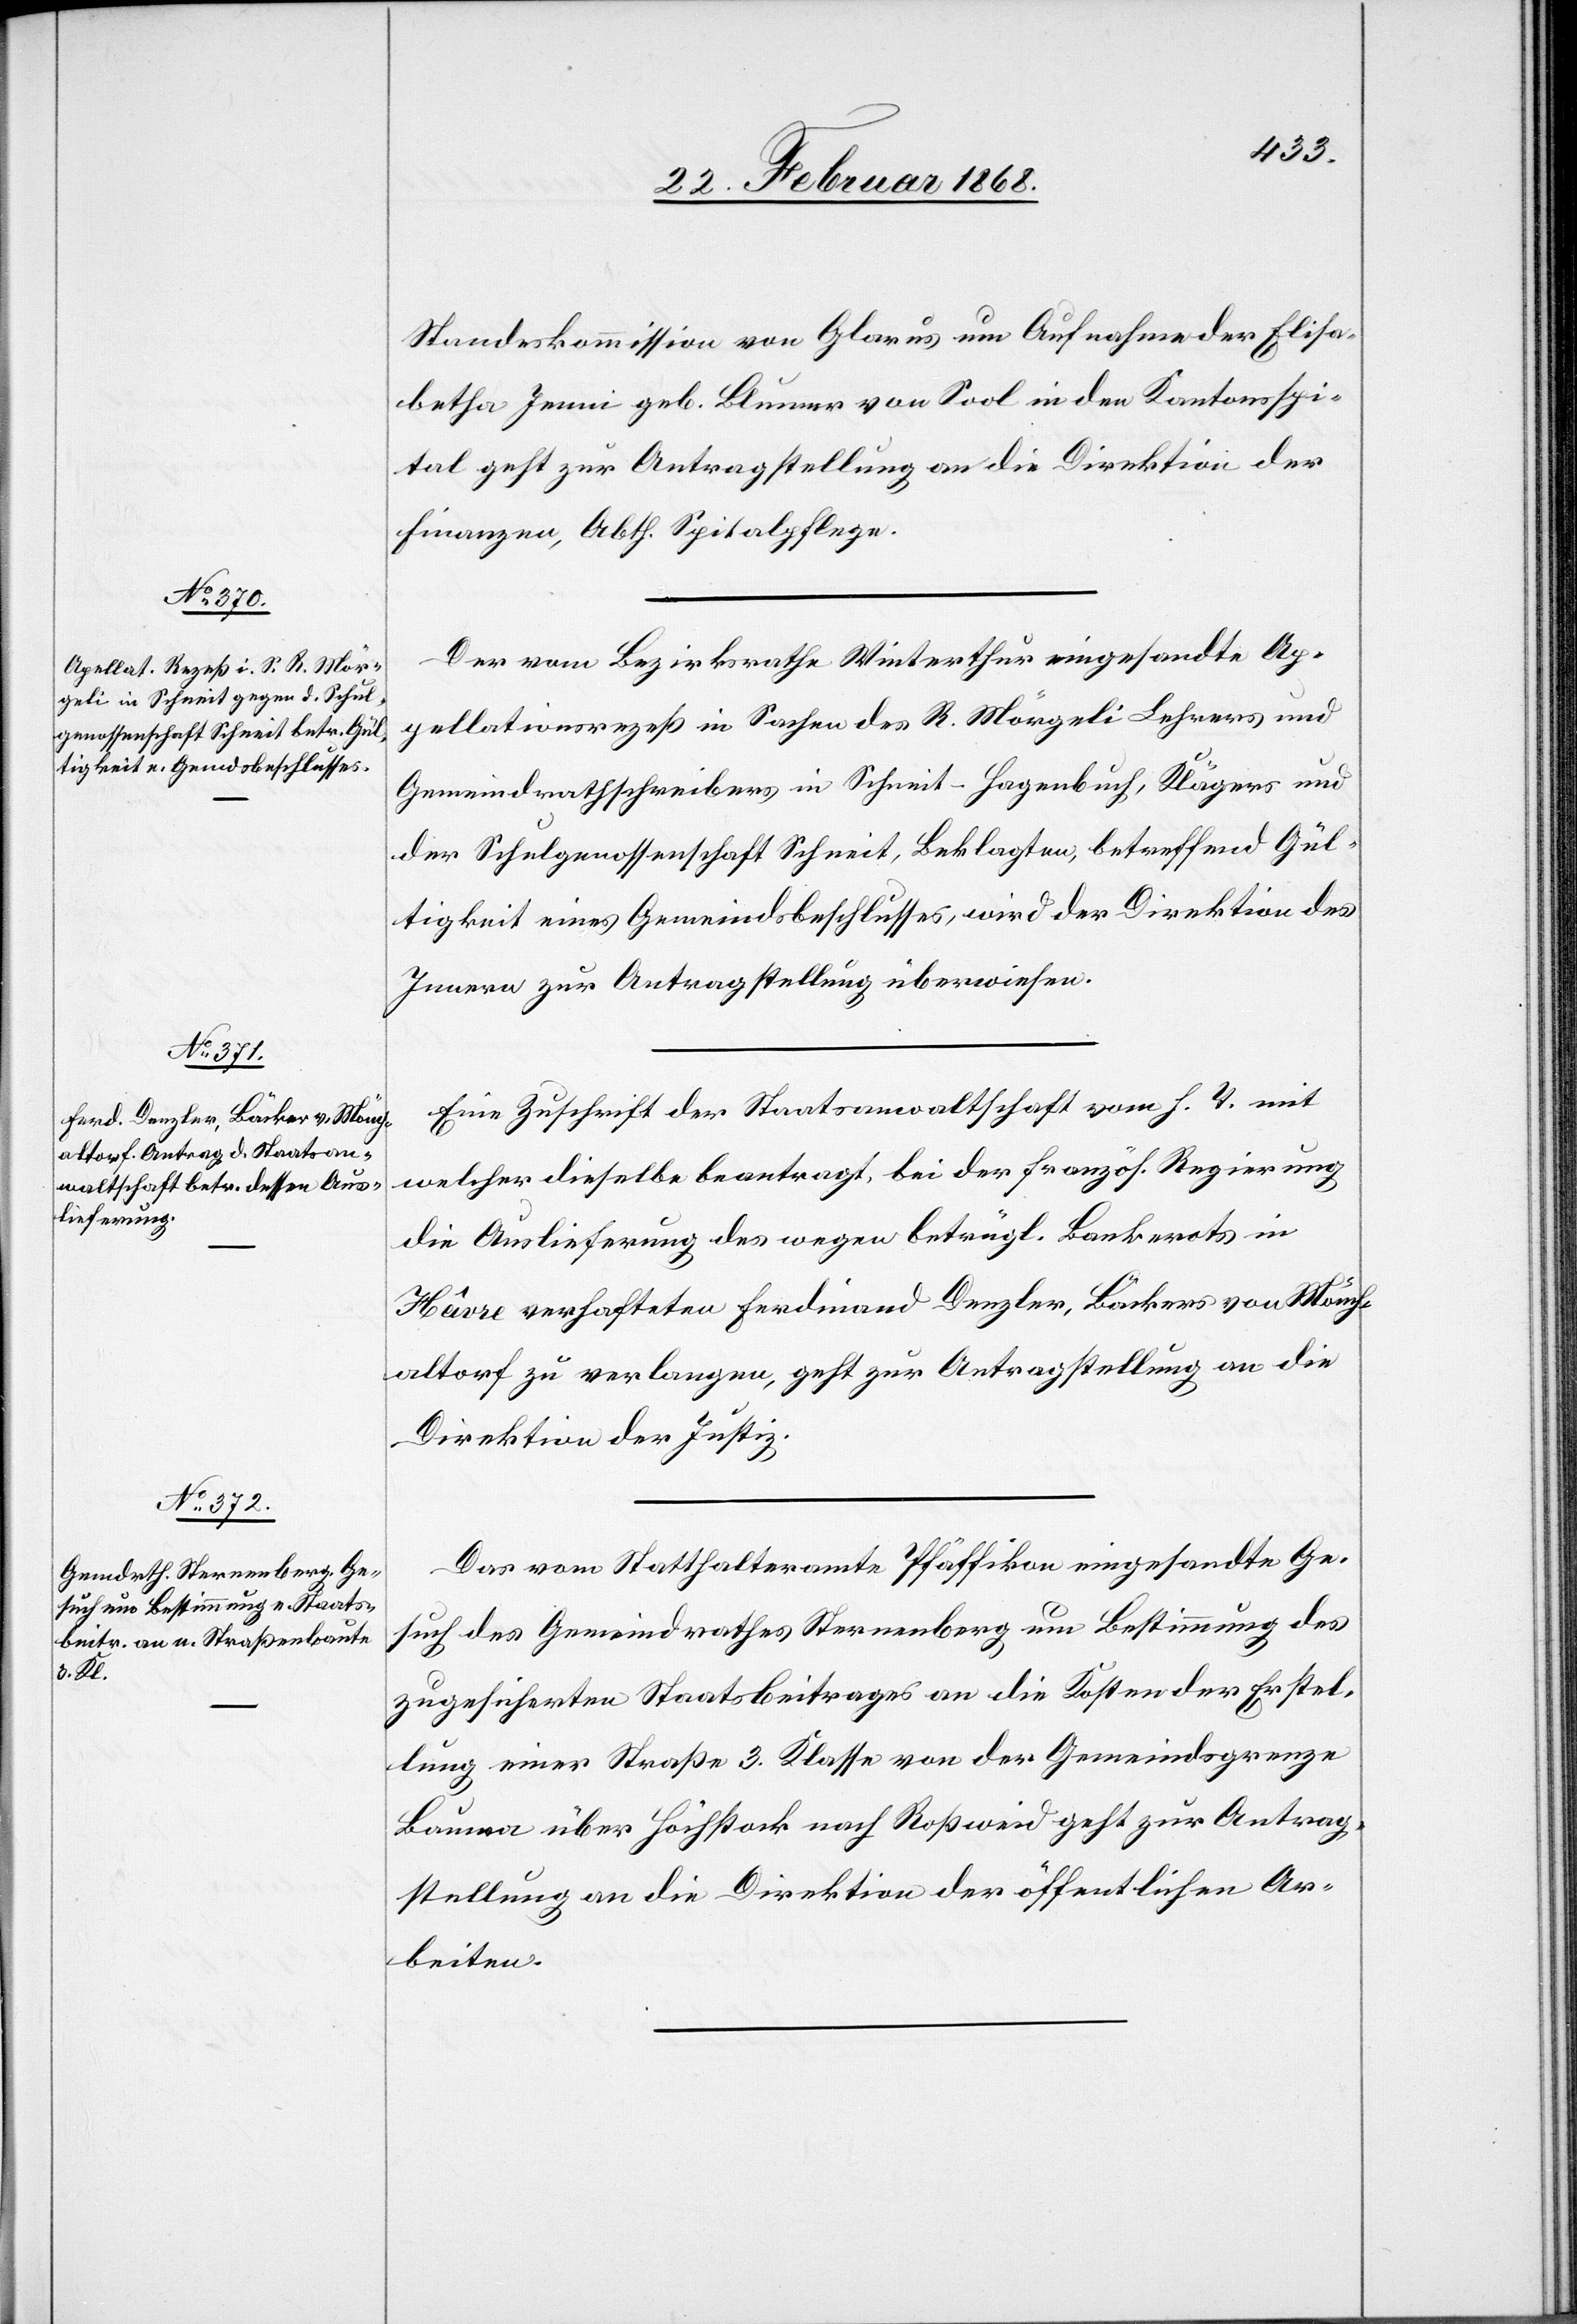
24. Februar 1868.]
Standeskommission von Glarus um Aufnahme der Elisa¬
betha Jenni geb. Blumer von Sool in den Kantonsspi¬
tal geht zur Antragstellung an die Direktion der
Finanzen, Abth. Spitalpflege.
Der vom Bezirksrathe Winterthur eingesandte Ap¬
pellationsrezeß in Sachen des R. Mörgeli Lehrers und
Gemeindrathschreibers in Schneit-Hagenbuch, Klägers und
der Schulgenossenschaft Schneit, Beklagten, betreffend Gül¬
tigkeit eines Gemeindsbeschlusses, wird der Direktion des
Innern zur Antragstellung überwiesen.
Eine Zuschrift der Staatsanwaltschaft vom h. T. mit
welcher dieselbe beantragt, bei der französ. Regierung
die Auslieferung des wegen betrügl. Bankerots in
Hâvre verhafteten Ferdinand Denzler, Bäckers von Mönch¬
altorf zu verlangen, geht zur Antragstellung an die
Direktion der Justiz.
Das vom Statthalteramte Pfäffikon eingesandte Ge¬
such des Gemeindrathes Sternenberg um Bestimmung des
zugesicherten Staatsbeitrages an die Kosten der Erstel¬
lung einer Straße 3. Klasse von der Gemeindsgrenze
Bauma über Höchstock nach Roßweid geht zur Antrag¬
stellung an die Direktion der öffentlichen Ar¬
beiten.